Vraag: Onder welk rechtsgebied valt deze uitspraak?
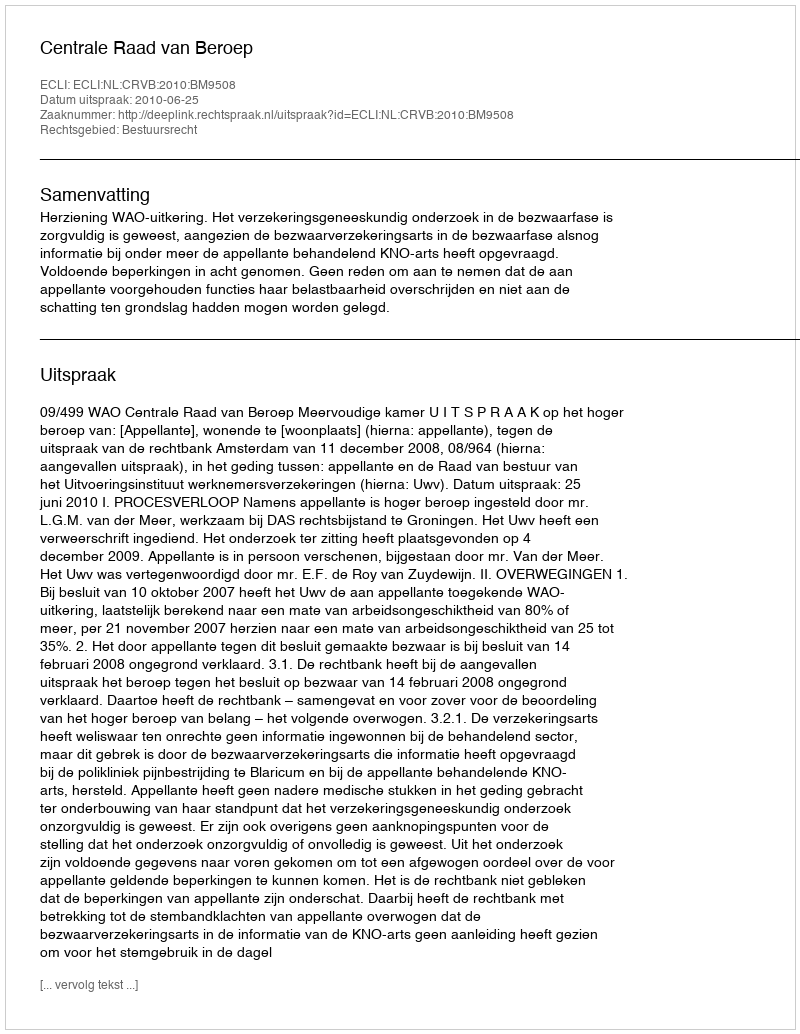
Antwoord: Bestuursrecht